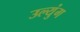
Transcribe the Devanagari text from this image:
उल्युंग